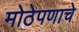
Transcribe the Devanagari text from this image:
मोठेपणाचे